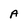
Character: A